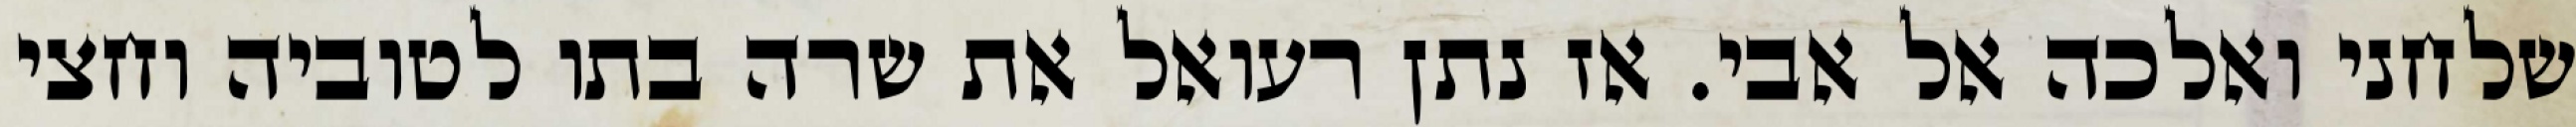
שלחני ואלכה אל אבי. אז נתן רעואל את שרה בתו לטוביה וחצי